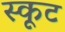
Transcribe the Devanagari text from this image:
स्कूट